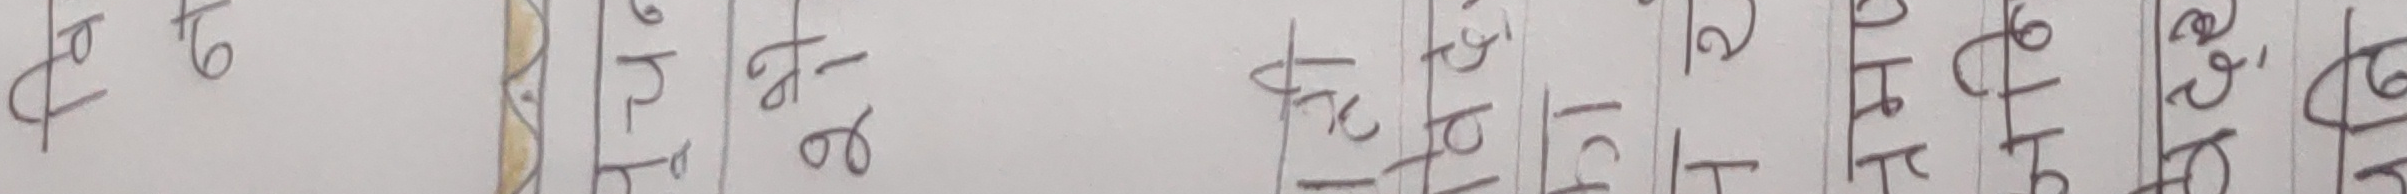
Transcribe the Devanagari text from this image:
१ ५ ६ १ १ ४ ५ ६ ७ १ ३ ४ ८ ९ १ १ २ ५ ७ ८ ९ १ ३ ४ ६ ९ ० २ ६ ९ १ ५ ७ ८